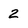
Character: 2